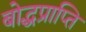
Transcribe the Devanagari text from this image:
बोद्धप्राप्ति